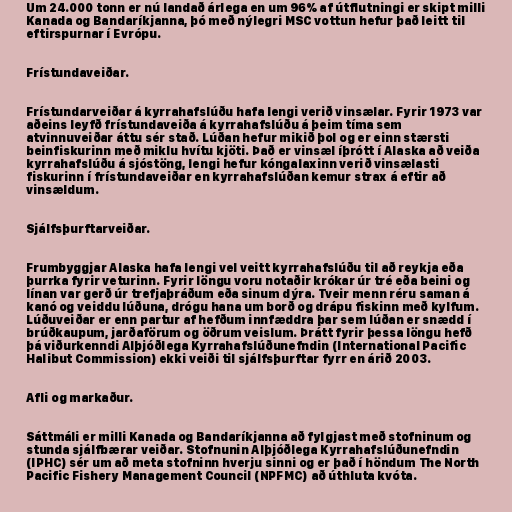
Um 24.000 tonn er nú landað árlega en um 96% af útflutningi er skipt milli
Kanada og Bandaríkjanna, þó með nýlegri MSC vottun hefur það leitt til
eftirspurnar í Evrópu.

Frístundaveiðar.

Frístundarveiðar á kyrrahafslúðu hafa lengi verið vinsælar. Fyrir 1973 var
aðeins leyfð frístundaveiða á kyrrahafslúðu á þeim tíma sem
atvinnuveiðar áttu sér stað. Lúðan hefur mikið þol og er einn stærsti
beinfiskurinn með miklu hvítu kjöti. Það er vinsæl íþrótt í Alaska að veiða
kyrrahafslúðu á sjóstöng, lengi hefur kóngalaxinn verið vinsælasti
fiskurinn í frístundaveiðar en kyrrahafslúðan kemur strax á eftir að
vinsældum.

Sjálfsþurftarveiðar.

Frumbyggjar Alaska hafa lengi vel veitt kyrrahafslúðu til að reykja eða
þurrka fyrir veturinn. Fyrir löngu voru notaðir krókar úr tré eða beini og
línan var gerð úr trefjaþráðum eða sinum dýra. Tveir menn réru saman á
kanó og veiddu lúðuna, drógu hana um borð og drápu fiskinn með kylfum.
Lúðuveiðar er enn partur af hefðum innfæddra þar sem lúðan er snædd í
brúðkaupum, jarðaförum og öðrum veislum. Þrátt fyrir þessa löngu hefð
þá viðurkenndi Alþjóðlega Kyrrahafslúðunefndin (International Pacific
Halibut Commission) ekki veiði til sjálfsþurftar fyrr en árið 2003.

Afli og markaður.

Sáttmáli er milli Kanada og Bandaríkjanna að fylgjast með stofninum og
stunda sjálfbærar veiðar. Stofnunin Alþjóðlega Kyrrahafslúðunefndin
(IPHC) sér um að meta stofninn hverju sinni og er það í höndum The North
Pacific Fishery Management Council (NPFMC) að úthluta kvóta.